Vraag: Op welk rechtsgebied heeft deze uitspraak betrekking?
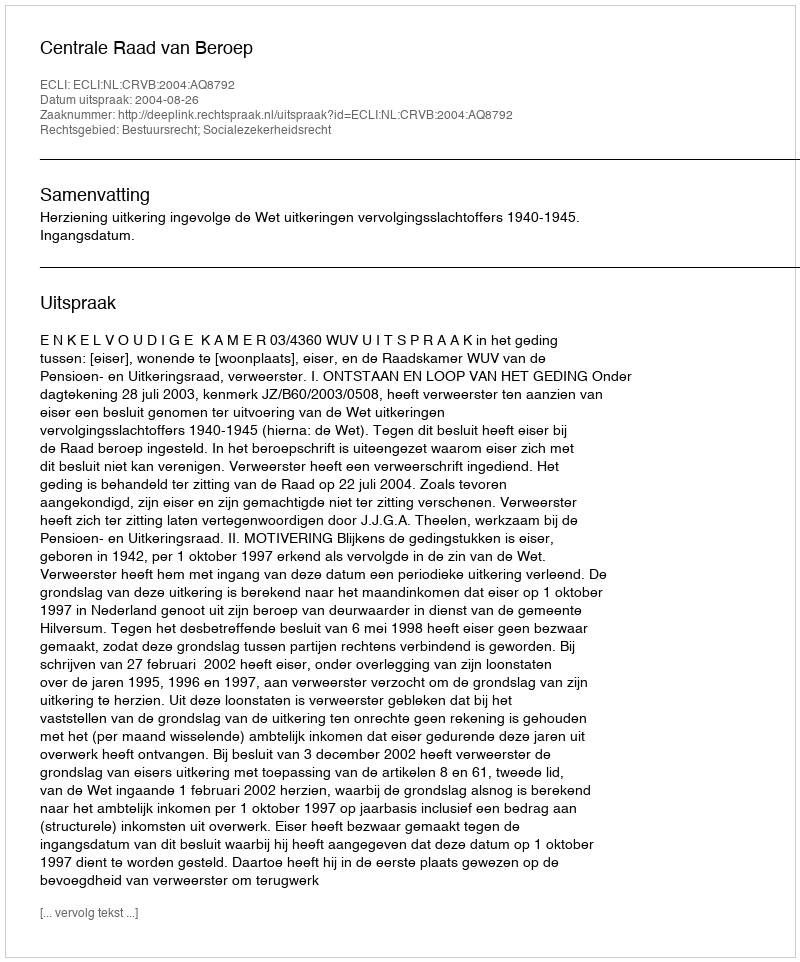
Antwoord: Bestuursrecht; Socialezekerheidsrecht